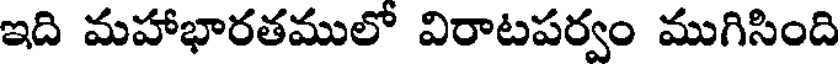
ఇది మహాభారతములో విరాటపర్వం ముగిసింది